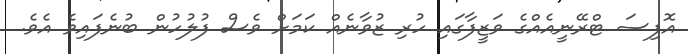
އޮފިސަ ޓްރޭނީއެއްގެ ވަޒީފާގައި ހުރި ޒުވާނެއް ކަމަށް ވެސް ފުލުހުން ބުނެފައިވެ އެވެ.